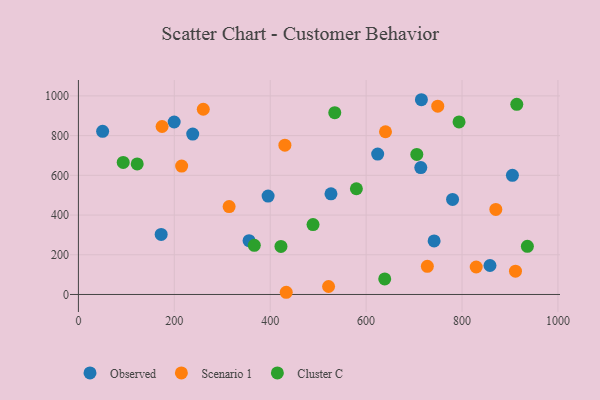
{"axis": {"x": "Study Hours", "y": "Salary"}, "legend": ["Cluster C", "Observed", "Scenario 1"], "data": [{"x": "526.7", "y": 507.1, "type": "Observed"}, {"x": "199.7", "y": 868.6, "type": "Observed"}, {"x": "238.4", "y": 807.9, "type": "Observed"}, {"x": "355.9", "y": 271.0, "type": "Observed"}, {"x": "905.1", "y": 599.9, "type": "Observed"}, {"x": "395.6", "y": 495.7, "type": "Observed"}, {"x": "50.5", "y": 821.5, "type": "Observed"}, {"x": "624.1", "y": 706.9, "type": "Observed"}, {"x": "714.0", "y": 639.2, "type": "Observed"}, {"x": "858.3", "y": 146.0, "type": "Observed"}, {"x": "741.8", "y": 269.8, "type": "Observed"}, {"x": "780.3", "y": 478.8, "type": "Observed"}, {"x": "172.6", "y": 302.4, "type": "Observed"}, {"x": "715.3", "y": 980.7, "type": "Observed"}, {"x": "314.3", "y": 442.8, "type": "Scenario 1"}, {"x": "430.6", "y": 751.7, "type": "Scenario 1"}, {"x": "433.4", "y": 11.1, "type": "Scenario 1"}, {"x": "640.4", "y": 819.5, "type": "Scenario 1"}, {"x": "174.5", "y": 845.8, "type": "Scenario 1"}, {"x": "260.4", "y": 932.7, "type": "Scenario 1"}, {"x": "870.5", "y": 428.3, "type": "Scenario 1"}, {"x": "829.6", "y": 138.4, "type": "Scenario 1"}, {"x": "911.5", "y": 117.5, "type": "Scenario 1"}, {"x": "749.4", "y": 948.3, "type": "Scenario 1"}, {"x": "215.3", "y": 646.5, "type": "Scenario 1"}, {"x": "727.7", "y": 141.8, "type": "Scenario 1"}, {"x": "521.7", "y": 40.1, "type": "Scenario 1"}, {"x": "705.7", "y": 705.5, "type": "Cluster C"}, {"x": "122.6", "y": 657.3, "type": "Cluster C"}, {"x": "534.6", "y": 915.3, "type": "Cluster C"}, {"x": "914.2", "y": 957.4, "type": "Cluster C"}, {"x": "936.3", "y": 242.3, "type": "Cluster C"}, {"x": "638.8", "y": 78.3, "type": "Cluster C"}, {"x": "422.4", "y": 241.9, "type": "Cluster C"}, {"x": "93.4", "y": 665.1, "type": "Cluster C"}, {"x": "579.7", "y": 532.3, "type": "Cluster C"}, {"x": "793.8", "y": 869.1, "type": "Cluster C"}, {"x": "366.8", "y": 247.6, "type": "Cluster C"}, {"x": "489.3", "y": 352.0, "type": "Cluster C"}]}